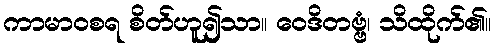
ကာမာဝစရ စိတ်ဟူ၍သာ။ ဝေဒိတဗ္ဗံ၊ သိထိုက်၏။